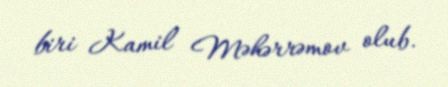
biri Kamil Məhərrəmov olub.